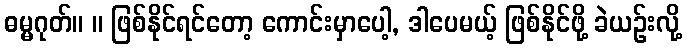
ဓမ္မဂုတ်။ ။ ဖြစ်နိုင်ရင်တော့ ကောင်းမှာပေါ့, ဒါပေမယ့် ဖြစ်နိုင်ဖို့ ခဲယဉ်းလို့